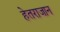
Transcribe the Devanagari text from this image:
हेतराजान